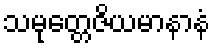
သမုတ္တေဇိယမာနာနံ